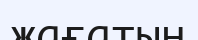
жағатын